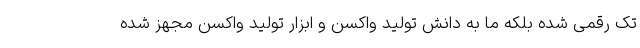
تک رقمی شده بلکه ما به دانش تولید واکسن و ابزار تولید واکسن مجهز شده